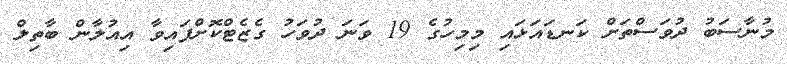
މުނާސަބު ދުވަސްތަށް ކަނޑައަޅައި މިމިހުގެ 19 ވަނަ ދުވަހު ގެޒެޓްކޮށްފައިވާ އިއުލާން ބާތިލް